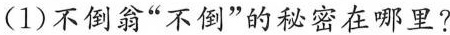
(1)不倒翁“不倒”的秘密在哪里?